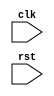
module example_module (
    input wire clk,
    input wire rst,
    // other input and output ports
);

// Define state and registers
reg [7:0] state_reg;

// Behavioral modeling block triggered on negedge of rst
always @(negedge rst) begin
    // Reset state and registers
    state_reg <= 8'b0;
    // Additional operations as needed
end

// Other logic for the module

endmodule